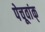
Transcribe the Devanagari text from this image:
पेचूवांक्